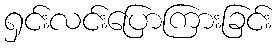
ရှင်းလင်းပြောကြားခြင်း